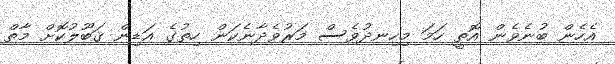
އެހެން ބުނެވެން އޮތީ ހަމަ މިހިނދުވެސް މަރުވެދާނެކަން ހިތުގެ އަޑިން ޤަބޫލުކޮށް މާތް